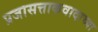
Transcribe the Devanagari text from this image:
प्रजासत्ताकवादाच्या